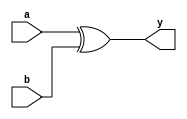
module sn74ls136(y, a, b);
input a, b;
output y;
parameter
	// TI TTL data book Vol 1, 1985
	tPLH_min=0, tPLH_typ=14, tPLH_max=22,
	tPHL_min=0, tPHL_typ=42, tPHL_max=55; // use worst case parameters

	xor #(tPLH_min : tPLH_typ : tPLH_max,
		  tPHL_min : tPHL_typ : tPHL_max)
	(y, a, b);

endmodule